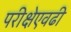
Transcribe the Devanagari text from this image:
परीक्षेएवढी